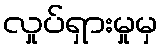
လှုပ်ရှားမှုမှ